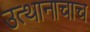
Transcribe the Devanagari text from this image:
उत्थानाचाच